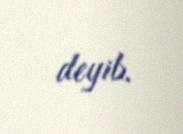
deyib.